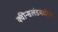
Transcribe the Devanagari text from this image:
क्वीन्सलंडमधील